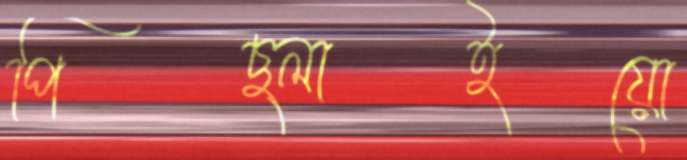
পিছ্‌লাইয়ো